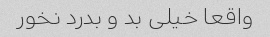
واقعا خیلى بد و بدرد نخور